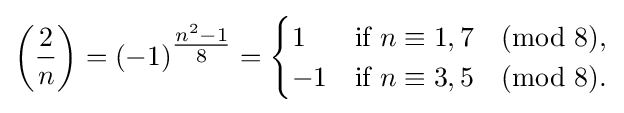
\left({\frac {2}{n}}\right)=(-1)^{\tfrac {n^{2}-1}{8}}={\begin{cases}1&{\text{if }}n\equiv 1,7{\pmod {8}},\\-1&{\text{if }}n\equiv 3,5{\pmod {8}}.\end{cases}}